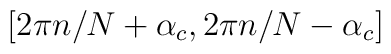
[2\pi n/N +\alpha_{c}, 2\pi n/N -\alpha_{c}]